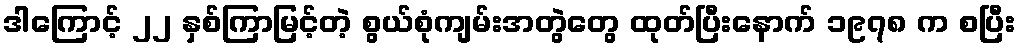
ဒါကြောင့် ၂၂ နှစ်ကြာမြင့်တဲ့ စွယ်စုံကျမ်းအတွဲတွေ ထုတ်ပြီးနောက် ၁၉၇၈ က စပြီး